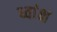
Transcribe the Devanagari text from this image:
ध्वांक्ष